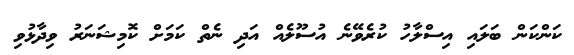
ކަންކަން ބަލައި އިސްލާހު ކުރެވޭނެ އުސޫލެއް އަދި ނެތް ކަމަށް ކޮމިޝަނަރު ވިދާޅުވި